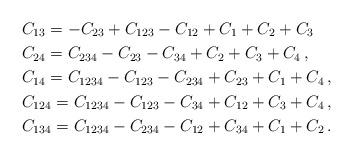
LaTeX: \begin{align*}&C_{13}=-C_{23}+C_{123}-C_{12}+C_1+C_2+C_3\\&C_{24} = C_{234} - C_{23} - C_{34} + C_2 + C_3 + C_4\,,\\&C_{14} = C_{1234} - C_{123} - C_{234} + C_{23} + C_1 + C_4\,,\\&C_{124} =C_{1234} - C_{123} - C_{34} + C_{12} + C_{3} + C_{4}\,,\\&C_{134} = C_{1234} - C_{234} - C_{12} + C_{34} + C_1 + C_2\,.\end{align*}